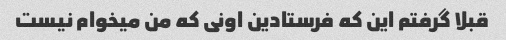
قبلا گرفتم این که فرستادین اونی که من میخوام نیست